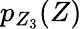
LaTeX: p_{Z_{3}}(Z)